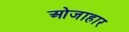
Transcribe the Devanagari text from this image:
ओजाहार